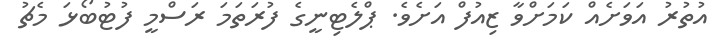
އުތުރު އަވަށެއް ކަމަށްވާ ޒިއުފް އަށެވެ. ޕްލެޓިނީގެ ފުރަތަމަ ރަސްމީ ފުޓުބޯޅަ މެޗު